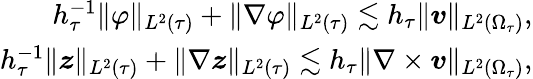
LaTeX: \begin{array}{r}{h_{\tau}^{-1}\| \varphi\| _{L^{2}(\tau)}+\| \nabla\varphi\| _{L^{2}(\tau)}\lesssim h_{\tau}\| \boldsymbol{v}\| _{L^{2}(\Omega_{\tau})},}\\ {h_{\tau}^{-1}\| \boldsymbol{z}\| _{L^{2}(\tau)}+\| \nabla\boldsymbol{z}\| _{L^{2}(\tau)}\lesssim h_{\tau}\| \nabla\times\boldsymbol{v}\| _{L^{2}(\Omega_{\tau})},}\end{array}